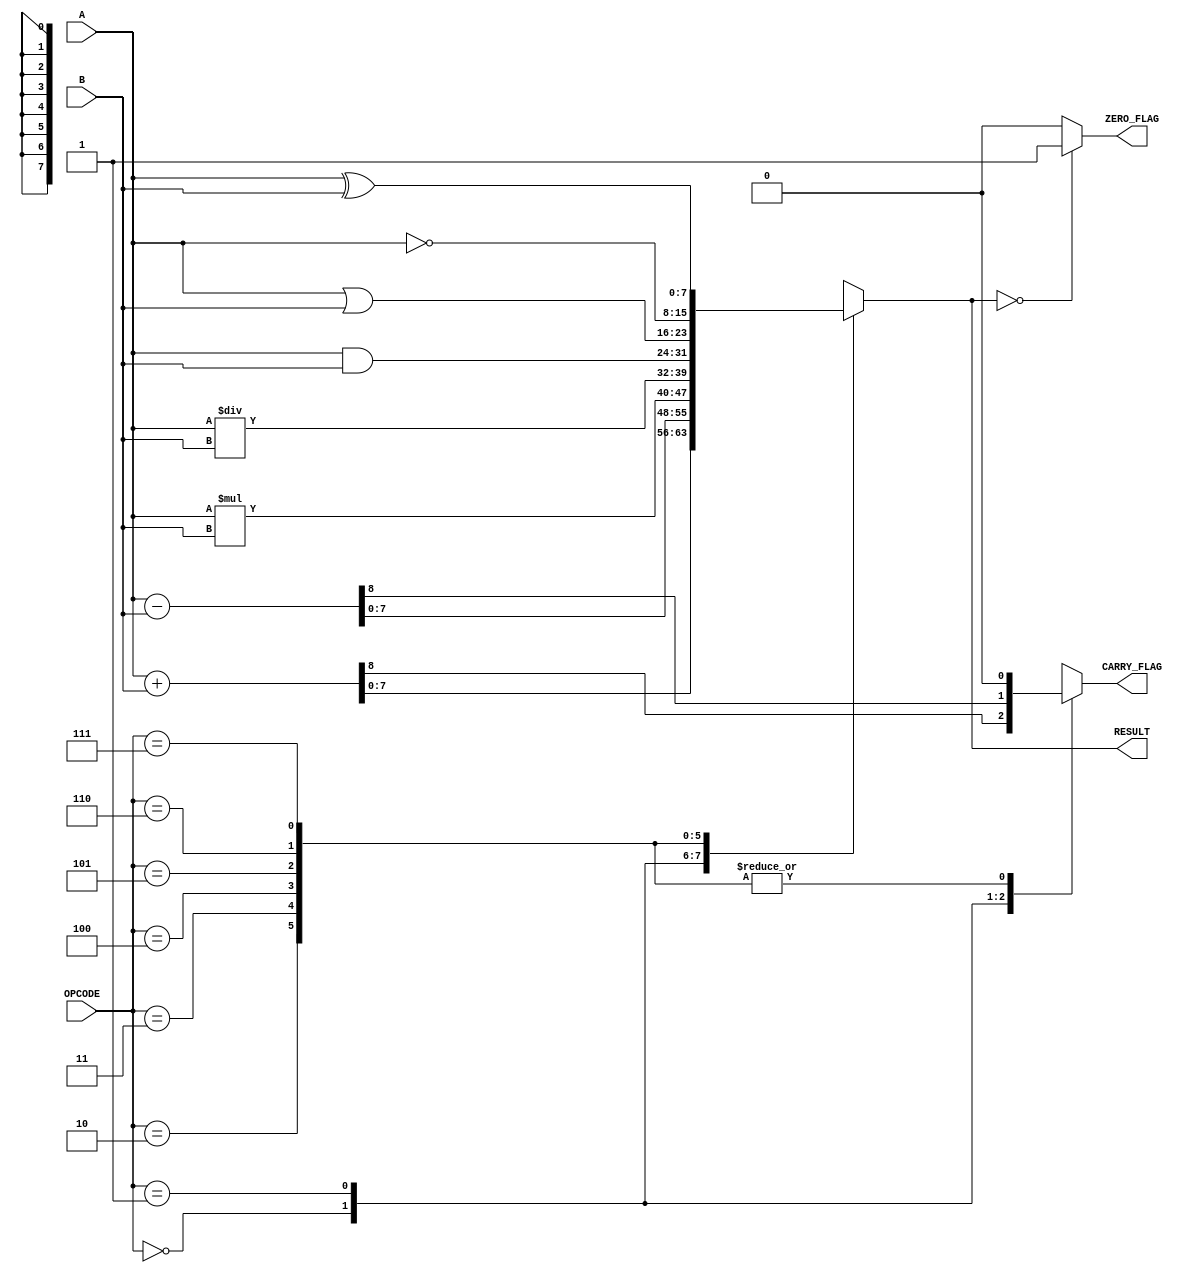
module ParameterizedALU #(
    parameter DATA_WIDTH = 8,        // Bit-width of the input and output data
    parameter OPERATION_COUNT = 8     // Number of operations
)(
    input  [DATA_WIDTH-1:0] A,       // First operand
    input  [DATA_WIDTH-1:0] B,       // Second operand
    input  [$clog2(OPERATION_COUNT)-1:0] OPCODE, // Operation code
    output reg [DATA_WIDTH-1:0] RESULT,       // Result of the operation
    output reg ZERO_FLAG,          // Zero flag output
    output reg CARRY_FLAG          // Carry flag output
);

    // Perform the operations based on OPCODE
    always @* begin
        // Default output values
        RESULT = 0;
        ZERO_FLAG = 0;
        CARRY_FLAG = 0;

        case(OPCODE)
            0: begin // ADD
                {CARRY_FLAG, RESULT} = A + B; // Capture carry for addition
            end
            
            1: begin // SUBTRACT
                {CARRY_FLAG, RESULT} = A - B; // Capture carry for subtraction
            end
            
            2: begin // MULTIPLY
                RESULT = A * B;
                CARRY_FLAG = 0; // No carry for multiplication
            end
            
            3: begin // DIVIDE
                RESULT = A / B; // Integer division
                CARRY_FLAG = 0; // No carry for division
            end
            
            4: begin // AND
                RESULT = A & B;
            end
            
            5: begin // OR
                RESULT = A | B;
            end
            
            6: begin // NOT
                RESULT = ~A; // NOT A
            end
            
            7: begin // XOR
                RESULT = A ^ B;
            end
            
            8: begin // SHIFT LEFT
                RESULT = A << 1; // Shift A left by 1
            end
            
            9: begin // SHIFT RIGHT
                RESULT = A >> 1; // Shift A right by 1
            end
            
            default: begin
                RESULT = 0; // Default case
            end
        endcase

        // Update ZERO_FLAG
        if (RESULT == 0) begin
            ZERO_FLAG = 1;
        end else begin
            ZERO_FLAG = 0;
        end
    end

endmodule